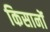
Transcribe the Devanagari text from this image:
किसानोंं